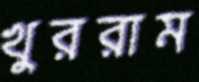
খুররাম